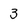
Character: 3